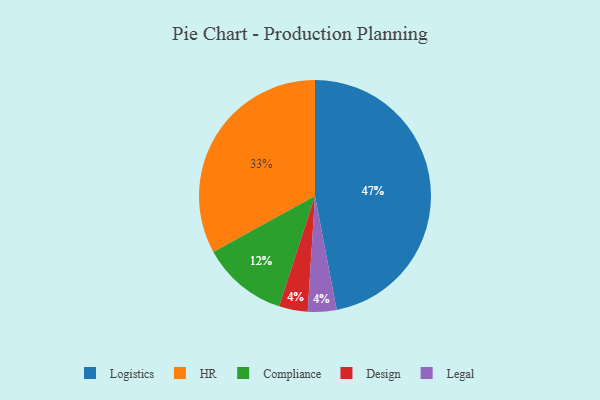
{"axis": {"x": "Category", "y": "Percentage"}, "legend": ["Compliance", "Design", "HR", "Legal", "Logistics"], "data": [{"x": "Logistics", "y": 47, "type": "Logistics"}, {"x": "Design", "y": 4, "type": "Design"}, {"x": "HR", "y": 33, "type": "HR"}, {"x": "Legal", "y": 4, "type": "Legal"}, {"x": "Compliance", "y": 12, "type": "Compliance"}]}